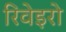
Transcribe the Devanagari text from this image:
रिवेइरो